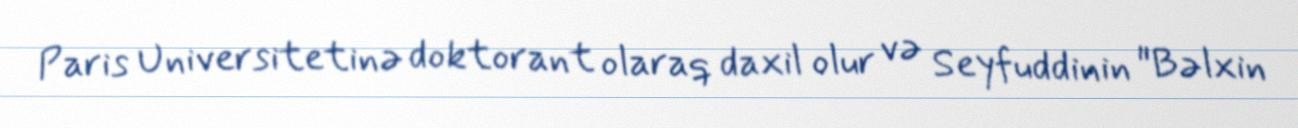
Paris Universitetinə doktorant olaraq daxil olur və Seyfuddinin "Bəlxin